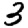
Digit: 3